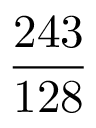
\frac { 2 4 3 } { 1 2 8 }